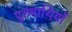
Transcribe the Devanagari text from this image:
पुरुषार्थियों